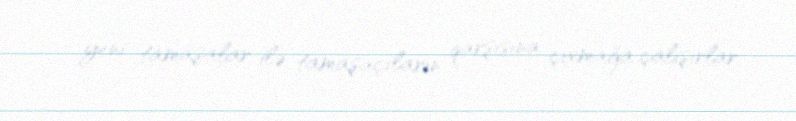
yeni tamaşalar ilə tamaşaçıların qarşısına çıxmağa çalışırlar.